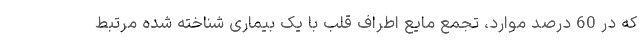
که در 60 درصد موارد، تجمع مایع اطراف قلب با یک بیماری شناخته شده مرتبط